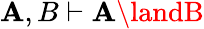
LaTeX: \mathbf{A},B\vdash\mathbf{A}\landB